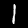
Digit: 1